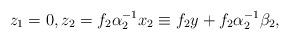
LaTeX: \begin{align*}z_{1}=0, z_{2}=f_{2}\alpha_{2}^{-1}x_{2}\equiv f_{2}y+f_{2}\alpha_{2}^{-1}\beta_{2},\end{align*}